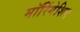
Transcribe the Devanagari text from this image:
मॉरिंगेशिए